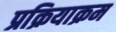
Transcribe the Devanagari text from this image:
प्रक्रियाक्रम